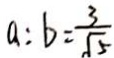
a : b = \frac { 3 } { \sqrt { 5 } }